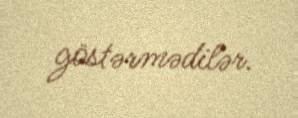
göstərmədilər.